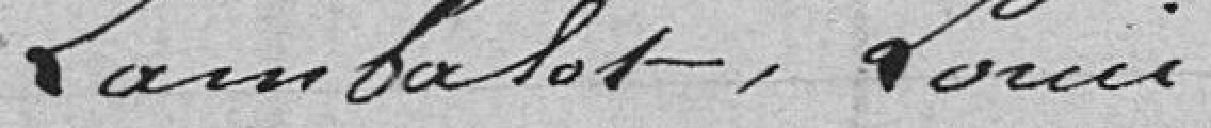
Lambalot, Louis